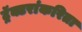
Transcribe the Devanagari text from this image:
ट्रॅक्टरांकरिता